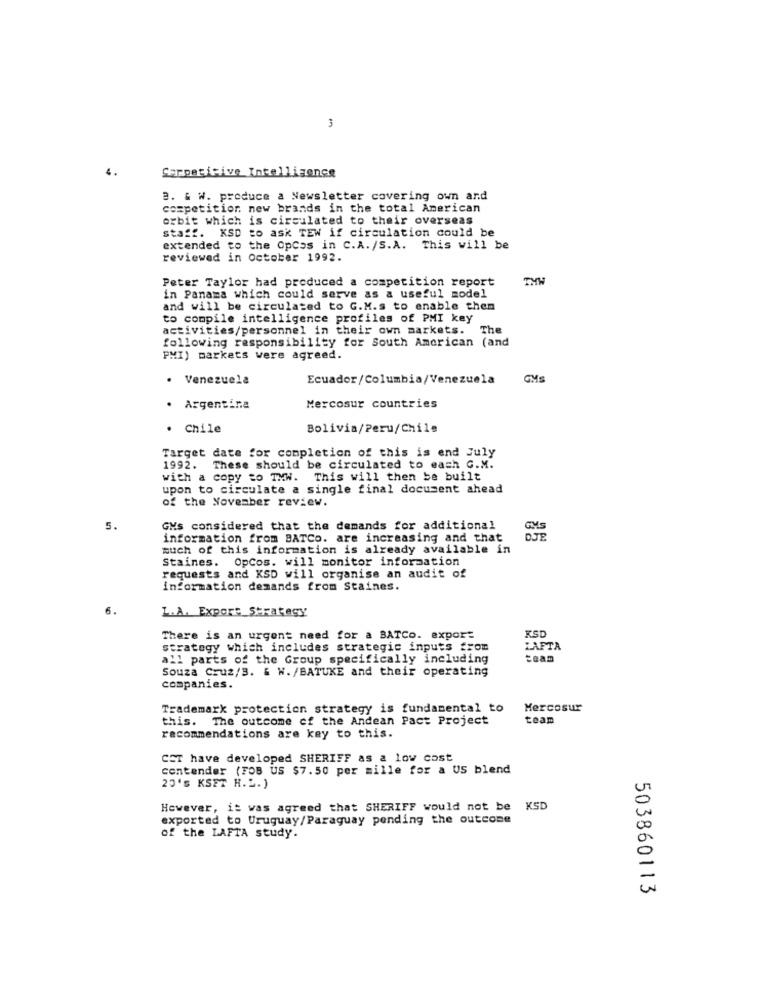
3
Serpetitive Intelligence
2. & W. produce a Newsletter covering own and
competition new brands in the total American
orbit which is circulated to their overseas
staff. KSD to ask TEW if circulation could be
extended to the OpCos in C.A. /S.A. This will be
reviewed in October 1992.
Peter Taylor had produced a competition report
THE
in Panama which could serve as a useful model
and will be circulated to G.M.s to enable them
to compile intelligence profiles of PMI key
activities/personnel in their own markets. The
following responsibility for South American (and
PMI) markets were agreed.
.
Venezuela
Ecuador/Columbia/Venezuela
GM
. Argentina
Mercosur countries
· Chile
Bolivia/Peru/Chile
Target date for completion of this is end July
1992. These should be circulated to each G.M.
with a copy to TMW. This will then be built
upon to circulate a single final document ahead
of the November review.
5.
GMs considered that the demands for additional
information from BATCo. are increasing and that
much of this information is already available in
Staines. OpCos. will monitor information
requests and KSD will organise an audit of
information demands from Staines.
6.
L.A. Export Strategy
KSD
There is an urgent need for a BATCo. export
strategy which includes strategic inputs from
LAFTA
all parts of the Group specifically including
Souza Cruz/B. & W. /BATUKE and their operating
companies.
Trademark protection strategy is fundamental to
Mercosur
this. The outcome of the Andean Pact Project
team
recommendations are key to this.
CET have developed SHERIFF as a low cost
contender (FOB US $7.50 per mille for a US blend
20's KSET H.L.)
However, it was agreed that SHERIFF would not be KSD
exported to Uruguay/Paraguay pending the outcome
of the LAFTA study.
503860113